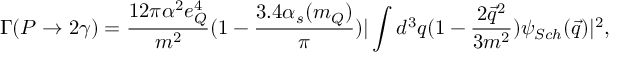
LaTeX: \Gamma ( P \rightarrow 2 \gamma ) = \frac { 1 2 \pi { \alpha } ^ { 2 } e _ { Q } ^ { 4 } } { m ^ { 2 } } ( 1 - \frac { 3 . 4 \alpha _ { s } ( m _ { Q } ) } { \pi } ) | \int d ^ { 3 } q ( 1 - \frac { 2 { \vec { q } } ^ { 2 } } { 3 m ^ { 2 } } ) \psi _ { S c h } ( \vec { q } ) | ^ { 2 } ,